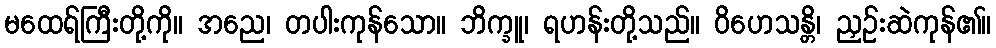
မထေရ်ကြီးတို့ကို။ အညေ၊ တပါးကုန်သော။ ဘိက္ခူ၊ ရဟန်းတို့သည်။ ဝိဟေသန္တိ၊ ညှဉ်းဆဲကုန်၏။